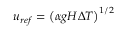
u _ { r e f } = \left( \alpha g H \Delta T \right) ^ { 1 / 2 }